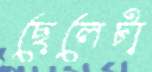
ছেলেটা